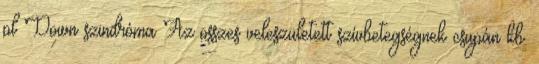
pl Down szindróma Az összes veleszületett szívbetegségnek csupán kb.